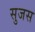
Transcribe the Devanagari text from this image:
सुजस